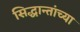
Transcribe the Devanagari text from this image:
सिद्धान्तांच्या